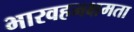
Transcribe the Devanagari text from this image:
भारवहनक्षमता